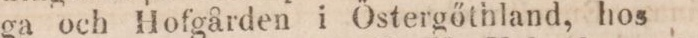
ga och Hofgården i Östergőthland, hos